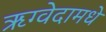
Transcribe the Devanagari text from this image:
ऋग्वेदामधे